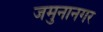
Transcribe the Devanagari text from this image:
जमुनानगर